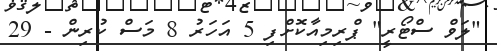
"ލަވް ސްޓޯރީ" ޕްރިމިއާކޮށްފި 5 އަހަރު 8 މަސް ކުރިން - 29